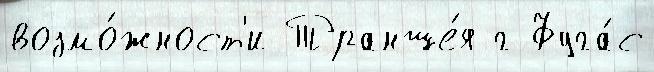
возмо́жност'и Транше́я г Фуга́с